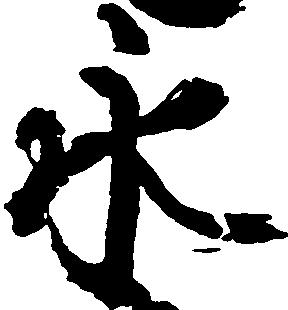
永